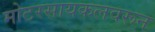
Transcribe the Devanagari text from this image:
मोटरसायकलवरून